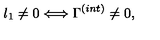
l _ { 1 } \not = 0 \Longleftrightarrow \Gamma ^ { ( i n t ) } \not = 0 , \nonumber